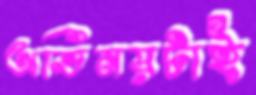
অভিনয়টাই